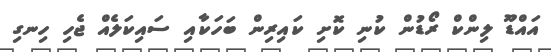
އައްޑޫ ލިންކް ރޯޑުން ކުނި ކޮށި ކައިރިން ބަހަކާއި ސައިކަލެއް ޖެހި ހިނގި